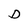
Character: D